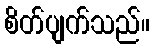
စိတ်ပျက်သည်။